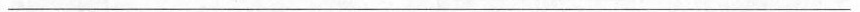
___